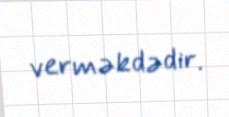
verməkdədir.